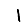
Digit: 1